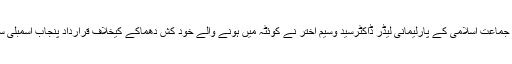
2016ء )پنجاب اسمبلی میں جماعت اسلامی کے پارلیمانی لیڈر ڈاکٹرسید وسیم اختر نے کوئٹہ میں ہونے والے خود کش دھماکے کیخلاف قرارداد پنجاب اسمبلی سیکرٹریٹ میں جمع کروادی۔